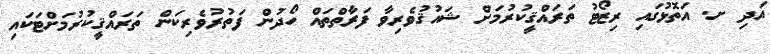
އަދި ށ. އަތޮޅުގައި ރިޒޯޓު ތަރައްޤީކުރުމަށް ޝައުޤުވެރިވާ ފަރާތްތައް ހޯދުން ފަތުރުވެރިކަން ތަރައްޤީކުރުމަށްޓަކައި